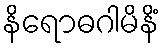
နိရောဓဂါမိနိံ